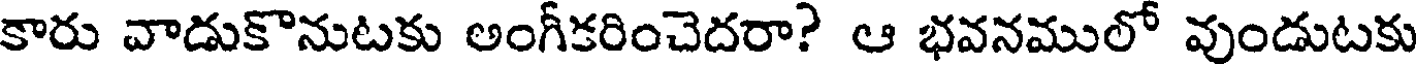
కారు వాడుకొనుటకు అంగీకరించెదరా? ఆ భవనములో వుండుటకు